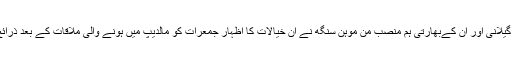
پاکستان کے وزیرِاعظم سید یوسف رضا گیلانی اور ان کےبھارتی ہم منصب من موہن سنگھ نے ان خیالات کا اظہار جمعرات کو مالدیپ میں ہونے والی ملاقات کے بعد ذرائع ابلاغ کے نمائندوں سے گفتگو میں کیا۔